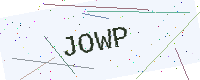
Text: JOWP